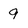
Character: 9